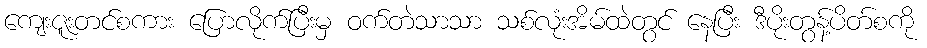
ကျေးဇူးတင်စကား ပြောလိုက်ပြီးမှ ဝက်တဲသာသာ သစ်လုံးအိမ်ထဲတွင် နေပြီး ဒီပိုးတွန့်ပိတ်စကို